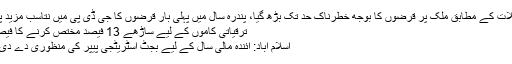
تفصیلات کے مطابق ملک پر قرضوں کا بوجھ خطرناک حد تک بڑھ گیا، پندرہ سال میں پہلی بار قرضوں کا جی ڈی پی میں نتاسب مزید پڑھیں
ترقیاتی کاموں کے لیے ساڑھے 13 فیصد مختص کرنے کا فیصلہ –
اسلام آباد: آئندہ مالی سال کے لیے بجٹ اسٹریٹجی پیپر کی منظوری دے دی گئی۔